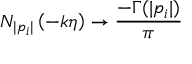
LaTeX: N _ { | p _ { i } | } \left( - k \eta \right) \to \frac { - \Gamma ( | p _ { i } | ) } { \pi }